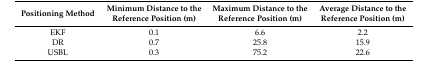
| Positioning Method | Minimum Distance to the Reference Position (m) | Maximum Distance to the Reference Position (m) | Average Distance to the Reference Position (m) |
 | --- | --- | --- | --- |
 | EKF | 0.1 | 6.6 | 2.2 |
 | DR | 0.7 | 25.8 | 15.9 |
 | USBL | 0.3 | 75.2 | 22.6 |